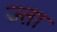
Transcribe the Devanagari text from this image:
ज्ता